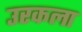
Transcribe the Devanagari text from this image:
उरकला